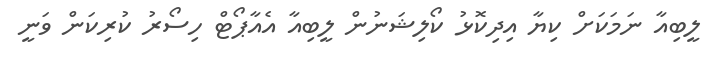
ލީބިއާ ނަމަކަށް ކިޔާ އިދިކޮޅު ކޯލިޝަނުން ލީބިއާ އެއާޕޯޓް ހިސޯރު ކުރިކަން ވަނީ